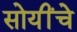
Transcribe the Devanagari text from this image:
सोयींचे